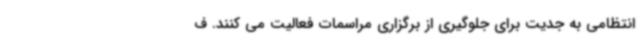
انتظامی به جدیت برای جلوگیری از برگزاری مراسمات فعالیت می کنند. ف